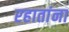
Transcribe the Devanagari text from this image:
रहातांना